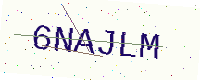
Text: 6NAJLM